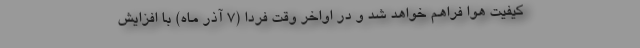
کیفیت هوا فراهم خواهد شد و در اواخر وقت فردا (۷ آذر ماه) با افزایش